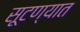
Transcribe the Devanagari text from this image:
सूटण्यात